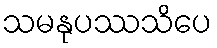
သမနုပဿသိပေ